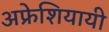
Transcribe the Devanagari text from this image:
अफ्रेशियायी